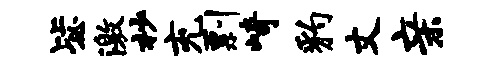
毖激杪充剽崎豹丈亲